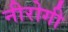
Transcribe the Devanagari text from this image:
नीरोगी